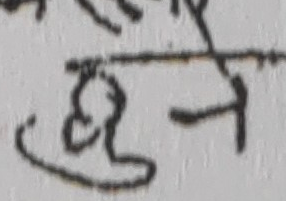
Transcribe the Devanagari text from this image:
हुने